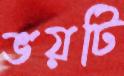
ভয়টি